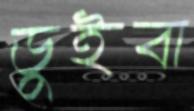
ডুইবা